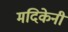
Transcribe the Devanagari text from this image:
मदिकेनी